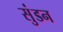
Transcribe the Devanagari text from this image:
सुंडन